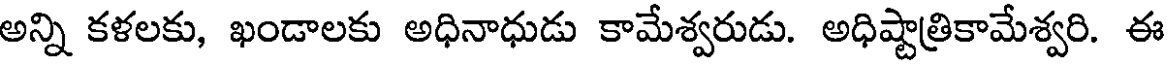
అన్ని కళలకు, ఖండాలకు అధినాధుడు కామేశ్వరుడు. అధిష్టాత్రికామేశ్వరి. ఈ